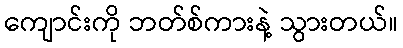
ကျောင်းကို ဘတ်စ်ကားနဲ့ သွားတယ်။